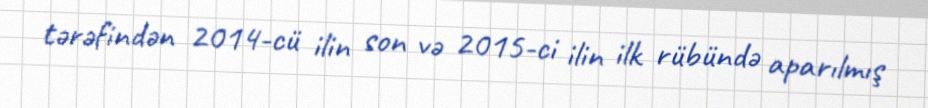
tərəfindən 2014-cü ilin son və 2015-ci ilin ilk rübündə aparılmış